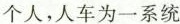
个人，人车为一系统